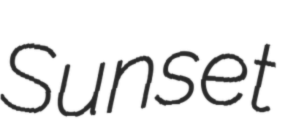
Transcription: Sunset